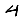
Digit: 4